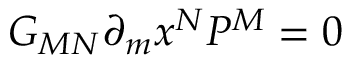
G _ { M N } \partial _ { m } x ^ { N } { \cal P } ^ { M } = 0 ~ ~ ~